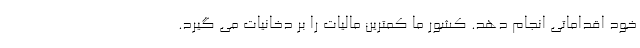
خود اقداماتی انجام دهد. کشور ما کمترین مالیات را بر دخانیات می‌ گیرد.